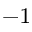
^ { - 1 }